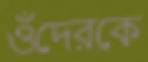
ওঁদেরকে